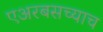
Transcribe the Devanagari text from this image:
एअरबसच्याच